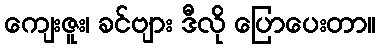
ကျေးဇူး၊ ခင်ဗျား ဒီလို ပြောပေးတာ။